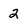
Character: 2